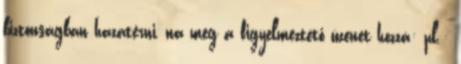
biztonságban hazatérni, na meg a figyelmeztető üzenet hozzá: pl.: